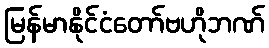
မြန်မာနိုင်ငံတော်ဗဟိုဘဏ်